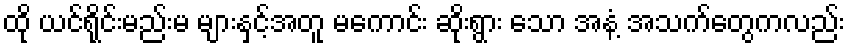
ထို ယင်ရိုင်းမည်းမ များနှင့်အတူ မကောင်း ဆိုးရွား သော အနံ့ အသက်တွေကလည်း